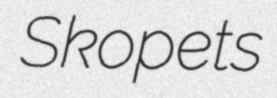
Skopets